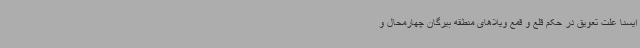
ایسنا علت تعویق در حکم قلع و قمع ویلاهای منطقه بیرگان چهارمحال و